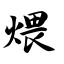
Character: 煨